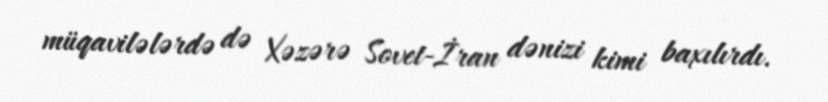
müqavilələrdə də Xəzərə Sovet-İran dənizi kimi baxılırdı.